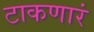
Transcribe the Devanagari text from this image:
टाकणारं